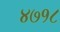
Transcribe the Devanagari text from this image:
४७१८